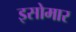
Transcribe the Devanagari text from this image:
इसोमार